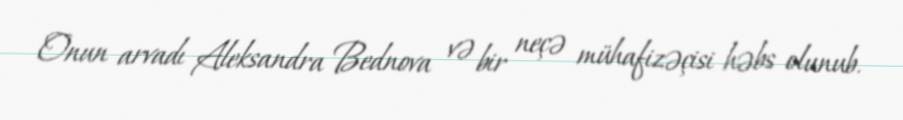
Onun arvadı Aleksandra Bednova və bir neçə mühafizəçisi həbs olunub.